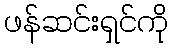
ဖန်ဆင်းရှင်ကို